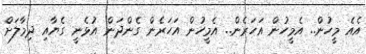
އެއެ މީހުން.. އެމީހުން އަހަރެން.. އެމީހުން އަހަރެން ގެންދަން އުޅެނީ ގެޔާއި ދިމާލަށް